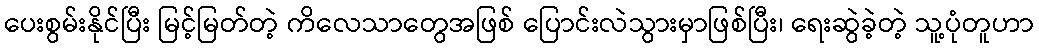
ပေးစွမ်းနိုင်ပြီး မြင့်မြတ်တဲ့ ကိလေသာတွေအဖြစ် ပြောင်းလဲသွားမှာဖြစ်ပြီး၊ ရေးဆွဲခဲ့တဲ့ သူ့ပုံတူဟာ